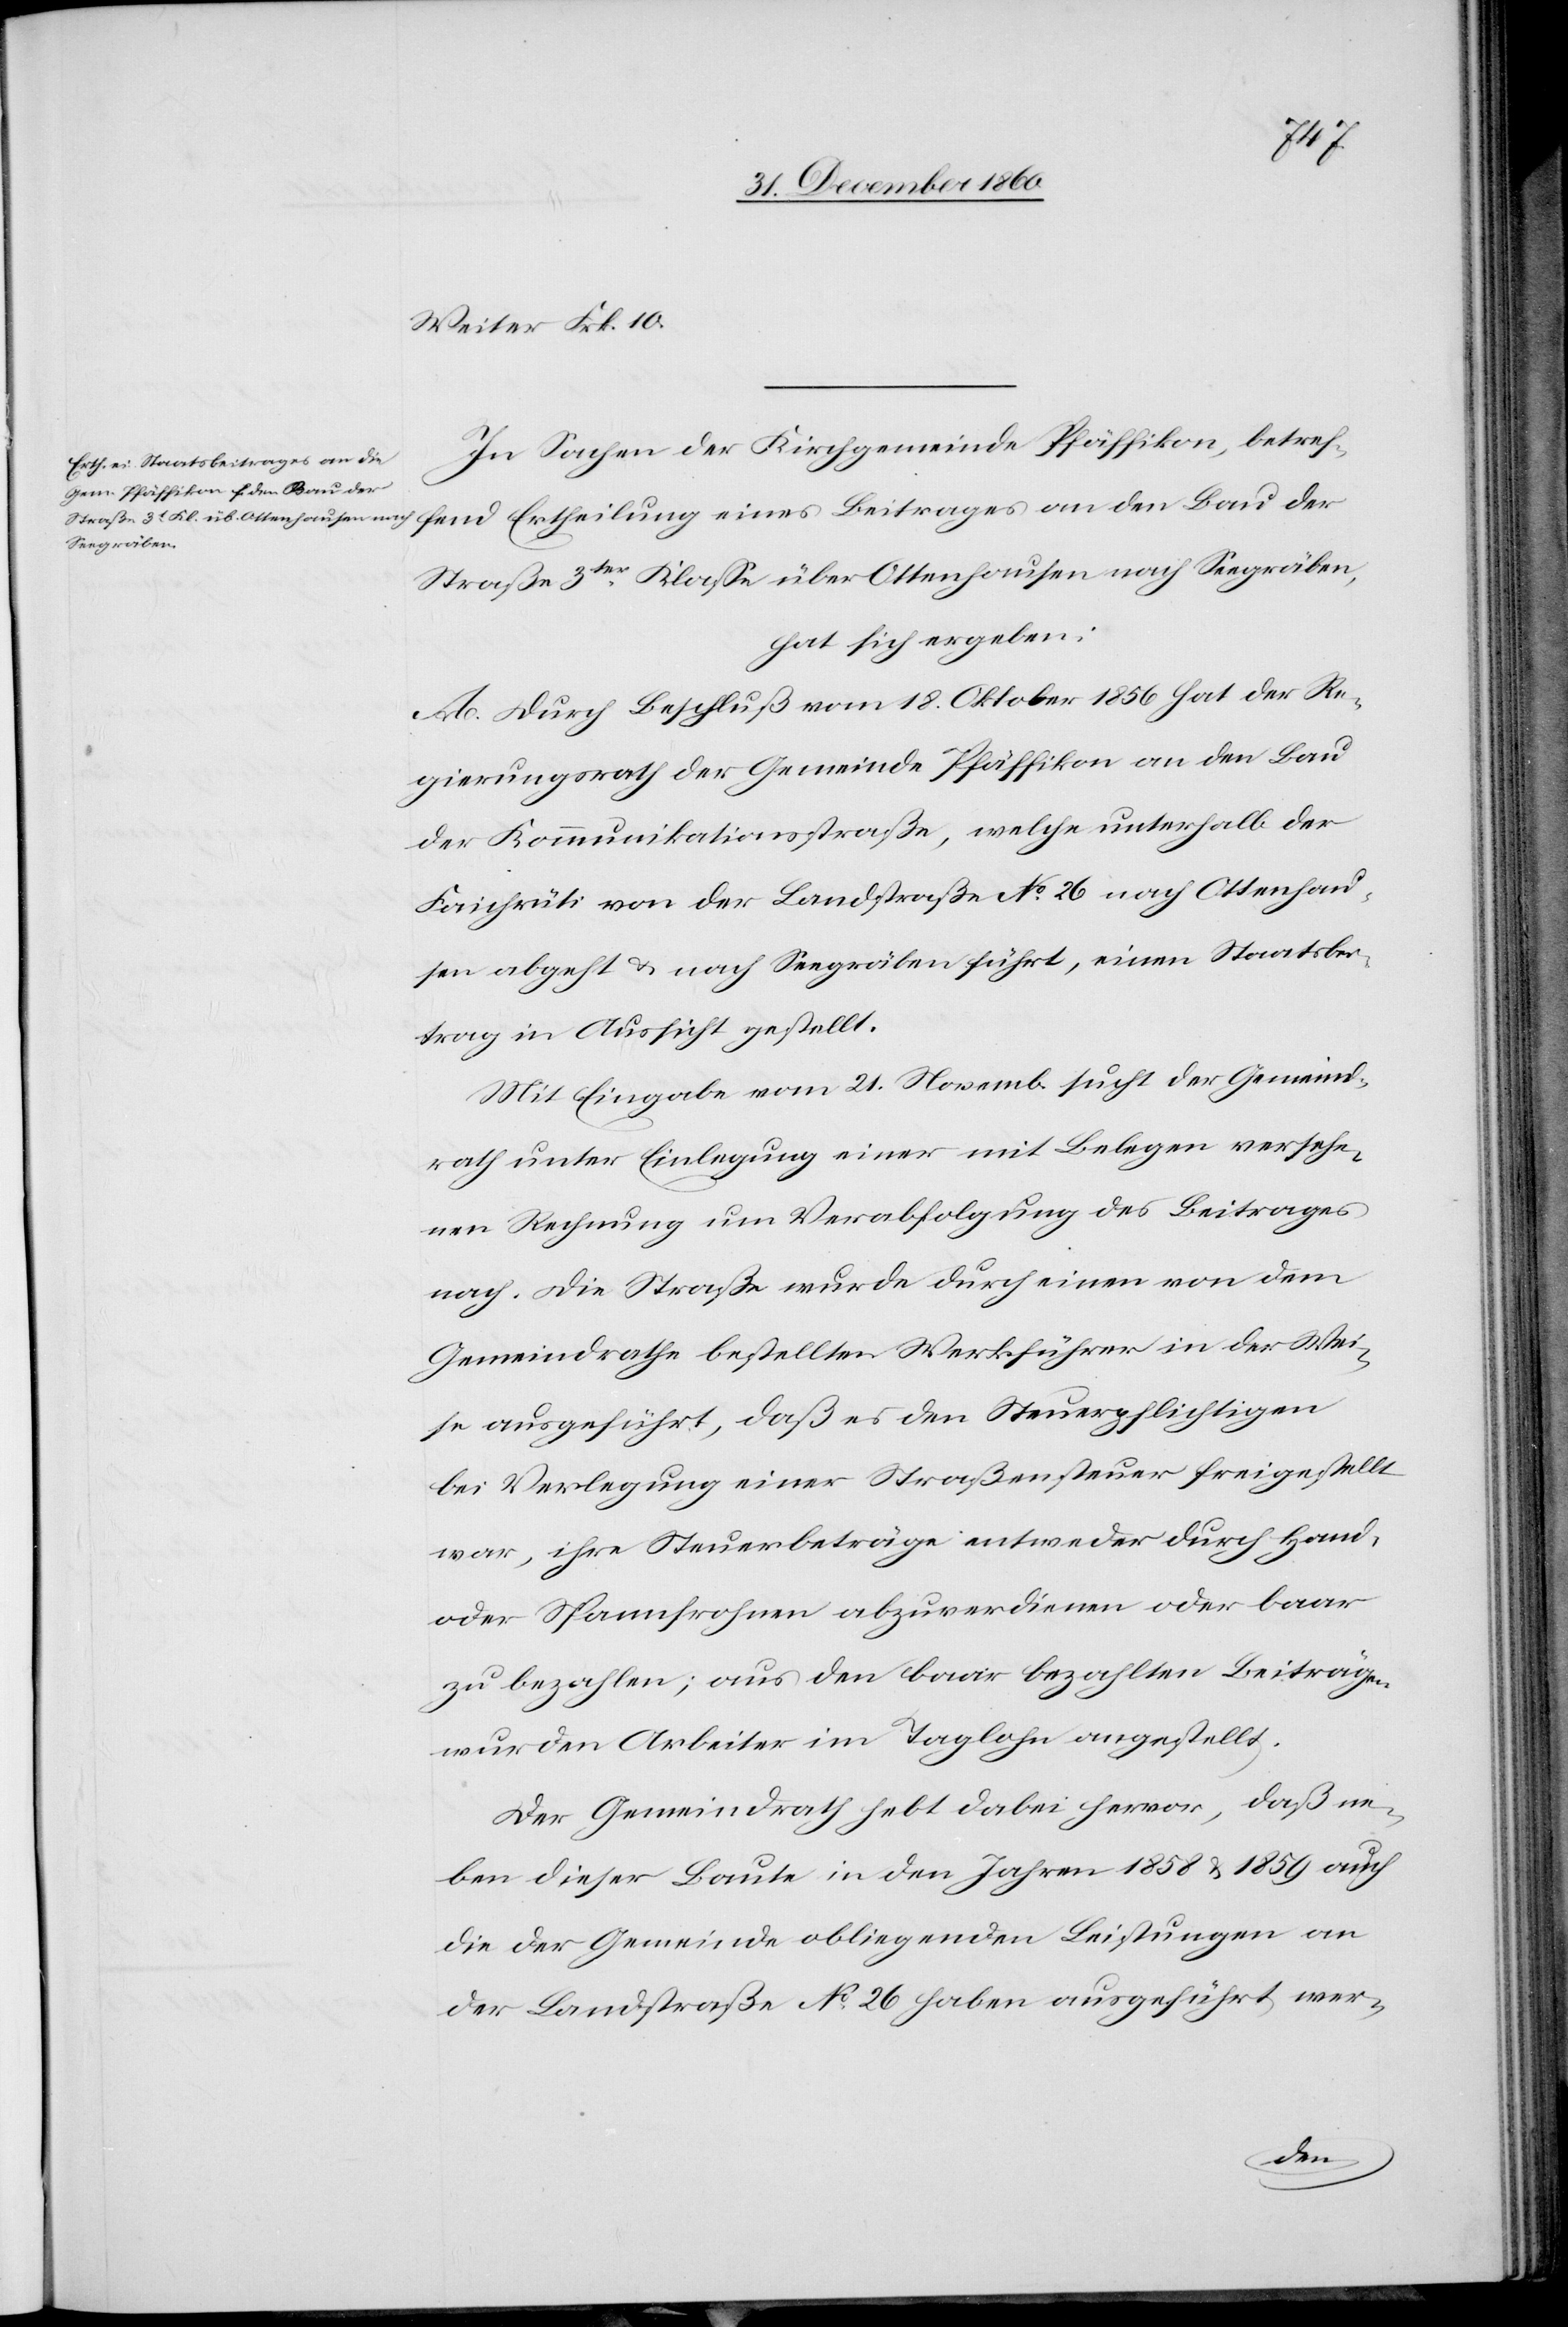
Weiter Frk. 10.
In Sachen der Kirchgemeinde Pfäffikon, betref¬
Straße 3ter Klasse über Ottenhausen nach Seegräben,
hat sich ergeben.
A. Durch Beschluß vom 18. Oktober hat der Re¬
gierungsrath der Gemeinde Pfäffikon an den Bau
des Kommunikationsstraße, welche unterhalb der
Faichrüti von der Landstraße No 26 nach Ottenhau¬
sen abgeht u. nach Seegräben führt, einen Staatsbei¬
trag in Aussicht gestellt.
Mit Eingabe vom 21. Novemb. sucht der Gemeind¬
rath unter Einlegung einer mit Belegen versehe¬
nen Rechnung um Verabfolgung des Beitrages
nach. Die Straße wurde durch einen von dem
Gemeindrathe bestellten Werkführer in der Wei¬
se ausgeführt, daß es den Steuerpflichtigen
bei Verlegung einer Straßensteuer freigestellt
war, ihre Steuerbeiträge entweder durch Hand-
oder Spannfrohnen abzuverdienen oder baar
zu bezahlen; aus den baar bezahlten Beiträgen
wurden Arbeiter im Taglohn angestellt.
Der Gemeindrath hebt dabei hervor, daß ne¬
ben dieser Baute in den Jahren 1858 u. 1859 auch
die der Gemeinde obliegenden Leistungen an
der Landstraße No 26 haben ausgeführt wer-
der